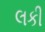
લકી